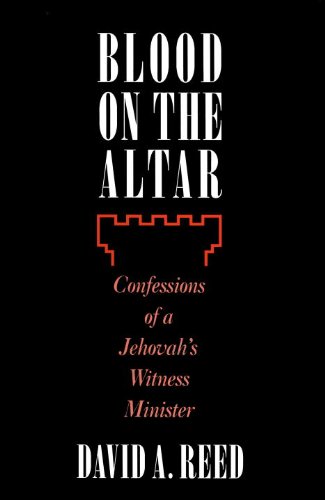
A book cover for Blood on the Altar; David A. Reed; Christian Books & Bibles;